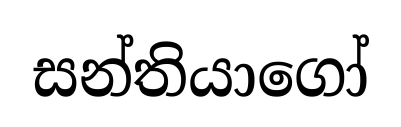
සන්තියාගෝ